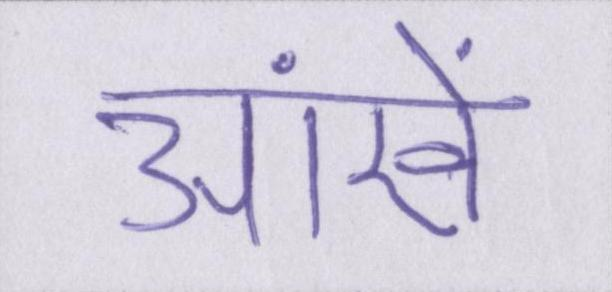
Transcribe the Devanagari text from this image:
आंखें